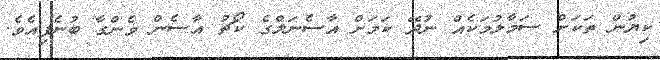
ކިޔުން ތަކަށް ސަމާލުމަކެއް ނުދޭ ކަމަށް އާސެނަލްގެ ކޯޗު އާސެން ވެންގާ ބުނެފިއެވެ.